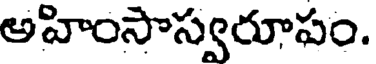
అహింసాస్వరూపం.